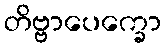
တိဗ္ဗာပေက္ခော